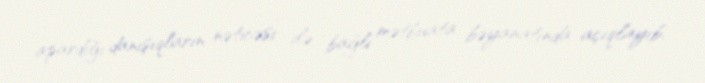
apardığı danışıqların nəticəsi ilə bağlı mətbuata bəyanatında açıqlayıb.